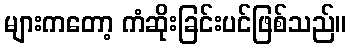
များကတော့ ကံဆိုးခြင်းပင်ဖြစ်သည်။